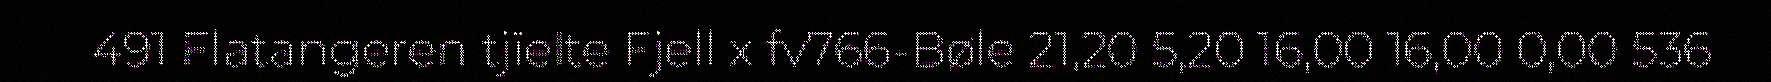
491 Flatangeren tjïelte Fjell x fv766-Bøle 21,20 5,20 16,00 16,00 0,00 536